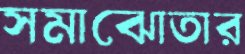
সমাঝোতার